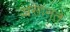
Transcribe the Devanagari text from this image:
असानते